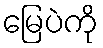
မြေပဲကို